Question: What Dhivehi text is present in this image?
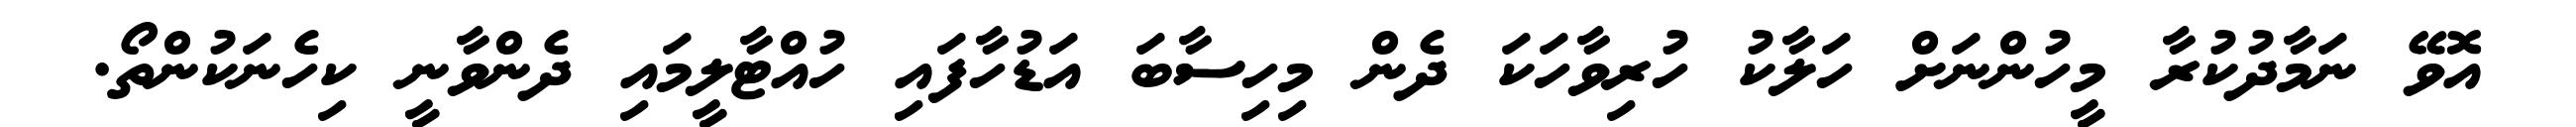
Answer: އޮވޭ ނަމާދުކުރާ މީހުންނަށް ހަލާކު ހުރިވާހަކަ ދެން މިހިސާބަ އަޑުހާފައި ހުއްޓާލީމައި ދެންވާނީ ކިހެނަކުންތޯ.